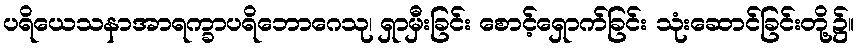
ပရိယေသနာအာရက္ခာပရိဘောဂေသု၊ ရှာမှီးခြင်း စောင့်ရှောက်ခြင်း သုံးဆောင်ခြင်းတို့၌။